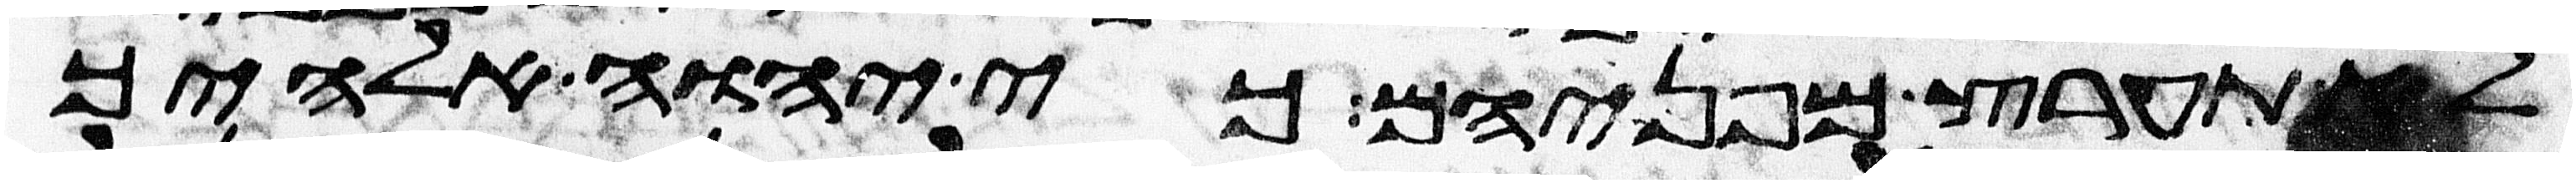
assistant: לא תערץ מפניהם כי יהוה אלהיך